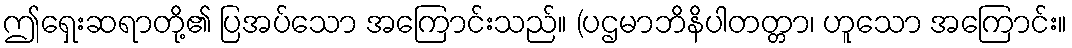
ဤရှေးဆရာတို့၏ ပြအပ်သော အကြောင်းသည်။ (ပဌမာဘိနိပါတတ္တာ၊ ဟူသော အကြောင်း။